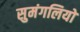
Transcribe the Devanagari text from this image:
सुमंगलियो